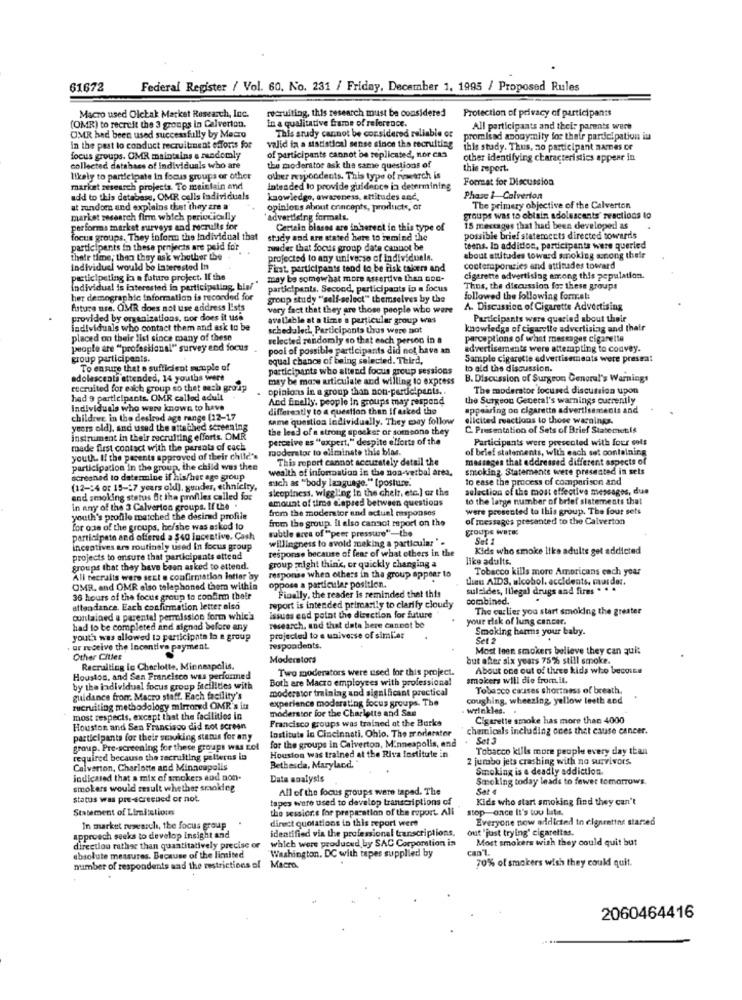
61672
Federal Register / Vol. 60, No. 231 / Friday, December 1, 1995 / Proposed Rules
recruiting, this research must be considered
Macro used Olctak Market Research, Inc.
Protection of privacy of participants
(OMR) to recruit the 3 groups in Calverton.
In a qualitative frame of reference.
All participants and their parents were
OMR had been used successfully by Maco
This study cannot be considered reliable or
promisad anonymity for their pardel pation in
in the past to conduct recruitment efforts for
valid ta a statistical sense since the recruiting
this study. Thus, zo participant names ce
focus groups. OMR maintains a medemly
of participants cannot be replicated, nor can
other identifying characteristics appear in
collected databaes of individuals who are
the moderator ask the same questions of
this report.
likely to participate in focus groups or other
other respondents. This type of netrch is
Format for Discussion
market research projects. To maintain and
Intended to provide guidence in determining
add to this detabase, OMR calls individuals
knowledge, awaceness, attitudes and.
Phase 1 Calverton
at zundom and explains that they are a
opinions about concepts, products, or
The primary objective of the Calverton
market research firm which perictically
advertising formats.
groups was to obtain adolescents' reactions to
performs market surveys and recruits for
Certain biases are inherect in this type of
15 meccages that had been developed as
focus groups, They informa the Individual that
study and are stated here to mumind The
possible brief statemeets directed towards
participants in these projects are paid for
zander that focus group date cannot be
teens. In addition, participants were queried
their time; then they ask whether the
projected to any universo of Individuals.
about attitudes toward smoking song their
Individuel would be Interested In
First. participants tend to be risk takers and
conteraporuties and attitudes toward
participating la a future project. If the
may be somewhat more assertive than con-
cigarette advertising among this zepulation.
Individual is interested in participating, bisl"
participants, Second, participants in a focus
Thus, the discussion fo: these groups
her demographic Information is recorded for
group study "self-select" themselves by the
followed the following format:
future use. OMR does not use address lists
very fact that they are those people who were
A. Discussion of Cigarette Advertising
provided by organizations, nor does it use
available at a time a particular group was
Participants wars queried about their
individuals who contact them and ask to be
scheduled. Participants thus were not
knowledge of cigarette advertising and their
placed on their list since many of these
selected randomly so that each person in a
perceptions of what messages cigarette
people are "professional" survey end focus
pool of possible participants did not have an
advertisements were attempting to convey.
group participants.
equal chance of being selected. Third,
Sample cigarette advertisements were pressa:
To ensure that o sufficient wumple of
participants who altend focus group sessions
to ald the discussion.
adolescents attended, 14 youths were
may be marw articulate and willing to express
B. Discussion of Surgeon General's Warnings
recruited for each group so that such group
opinions in a group than non-participants ..
The moderator focused discussion upon
had 9 participants. OMR called adult
And finally. people in groups may respond
the Surgeon General's warnings currently
Individuals who were known to have
differently to a question then If asked the
appearing on cigarette advertisements and
childrec in the desired age range (12-17
same question Individually. They may follow
elicited reactions to those warnings.
years old), and used the attached screening
the lead of a strong spocker or someone they
C. Presentation of Sets of Brief StatemetIs
instrument in their recruiting efforts. OMR
perceive es "expert." despite efforts of the
Participants were presented with four sols
made first contact with the parsala of cach
moderator to eliminate this bias.
of brief statements, with each set containing
youth. I! the parents approved of their child's
This report cannot accurately detail the
messages that addressed different aspects of
participation in the group, the child was thee
wealth of information in the non-verbal area.
smoking. Statemente were presented in sets
screened to determine if his/her age group
such as "body language." [posture."
to ease the process of comparison and
(12-24 or 15-17 years old), gunder, ethnicity,
sleepiness, wiggling in the cheir, etc.] az the
selection of the most effective messages, due
and smoking status fit the profiles called for
amount of time capsed between questions
to the large number of brief siatements that
in any of the 3 Calverton groups. If the .
from the moderator and actual msponses
were presented to this group. The four sets
youth's profile matched the desired profile
from the group. il also canact report on the
of messages presented to the Calverton
for one of the groups, he/she was asked to
subtle area of "peer pressure"-the
groups Were:
participate and offered a $40 Incentive. Cash
willingness to avoid making a particular" .
Set 1
Incentives ars routinely used In focus group
response because of fear of what others in the
Kids who smoke like adults get addicted
projects to ensure that participants attend
like adults.
groups that they have been asked to ettend.
group might think, or quickly changing a
Tobacco kills more Americans each year
All recruits were sent a confirmation letter ay
response when others in the group appear to
theus AID3, alcohol. accidents, murder.
OMR. and OMR also telephoned them within
oppose a particular position.
sulsides, Illegal drugs and fires . . .
36 hours of the focus group to confirm their
Finally, the reader is reminded that this
combined.
attendance. Each confirmation letter also
report is intended primarily to clarify cloudy
The curlier you start smoking the greater
contained a parental permission form which
issues end point the direction for future
your risk of lung cancer.
had to be completed and signad before any
research, and that data here cannot be
Smoking harms your baby.
youth was allowed to participate la e group
projected to e universe of siml'ar
Set 2
,or receive the incentive payment
respondents.
Most leen smokers believe they can quit
Other Cities
Moderators
but after six years 75% still smoke.
Recruiting in Charlotte, Minneapolis.
Two moderators were used for this project.
About one out of three kids who besoins
Houston, and San Francisco was performed
Both are Macro employees with professional
smokers will die from.il.
by the individual focus group facilities with
moderator trainlag and significant practical
Tobacco cases shortness of breath.
guidance from. Macro staff. Each facility's
experience moderating focus groups. The
coughing, wheezing, yellow lesth and
recruiting methodology mirrored OMR's it
moderator for the Charlotte and San
wrinkles ..
most respecis, except that the facilities in
Francisco groups was trained at the Burks
Cigarette smoke has more than 4000
Houston and Sen Francisco did not screen
Institute In Cincinnati, Ohio, The trorlerator
chemicals including ones that cause cancer.
participants for their smoking status for any
for the groups in Calverton, Minneapolis, and
Set 3
group. Pre-screening for these groups was zol
Houston was trained at the Riva fostitute in
Tobacco kills more people every day than
required because the recruiting patterns in
2 jumbo jets crashing with no survivors.
Calverton, Charlotte and Minneapolis
Bethesda, Maryland.
Smoking is a deadly addiction.
indicated that a mix of smokers and non-
Data analysis
Smoking today leads to fewer tomorrows.
smokers would result whether smoking
All of the focus groups were taped. The
Set
status was pre-screened or not.
tapes were used to develop transcriptions of
Kids who start smoking find they can't
Statement of Limitationn
the session.e for preparation of the report. All
stop-once it's tou lute.
direct quotations in this report were
Everyone now addicted to elgnrattns starsed
In market ruwessel, the focus group
identified via the professional transcriptions.
out "just trying" cigarettes.
approach seeks to develop insight and
which were produced by SAC Corporation in
Most smokers wish they could quit but
direction rather than quantitatively precise or
Washington, DC with tapes supplied by
can't.
absolute measures. Because of the limited
70% of smokers wish they could quit.
mamber of respondents and the restrictions of Macro.
2060464416